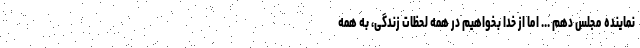
نماینده مجلس دهم ‌... اما از خدا بخواهیم در همه لحظات زندگی، به همه